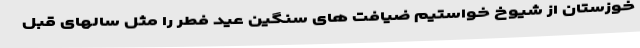
خوزستان از شیوخ خواستیم ضیافت های سنگین عید فطر را مثل سالهای قبل